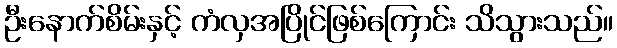
ဦးနောက်စိမ်းနှင့် ကံလှအပြိုင်ဖြစ်ကြောင်း သိသွားသည်။